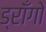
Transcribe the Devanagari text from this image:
ड्राँगो